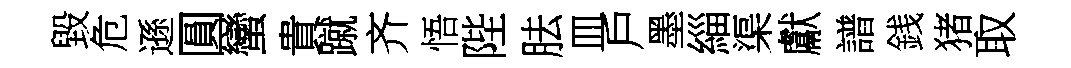
毀危遜圓蠻貴蹴齐悟陛胠皿戶墨緇渠獻譜銭猪取